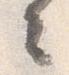
々